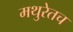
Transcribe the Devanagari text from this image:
मथुरेतच